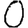
Digit: 0